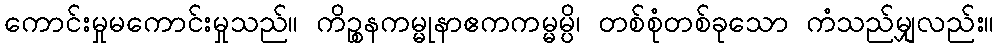
ကောင်းမှုမကောင်းမှုသည်။ ကိဉ္စနကမ္မုနာဧကကမ္မမ္ပိ၊ တစ်စုံတစ်ခုသော ကံသည်မျှလည်း။